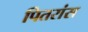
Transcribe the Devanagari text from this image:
पितरांस